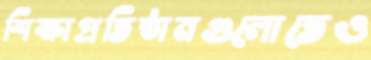
শিক্ষাপ্রতিষ্ঠানগুলোতেও